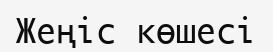
Жеңіс көшесі